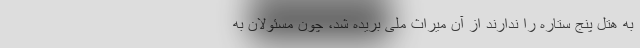
به هتل پنج ستاره را ندارند از آن میراث ملی بریده شد، چون مسئولان به